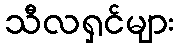
သီလရှင်များ